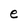
Character: e